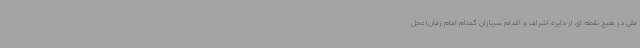
ملی در هیچ نقطه ای از دایره اشراف و اقدام سربازان گمنام امام زمان(عجل